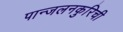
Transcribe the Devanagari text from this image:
पान्जलनकुरिची